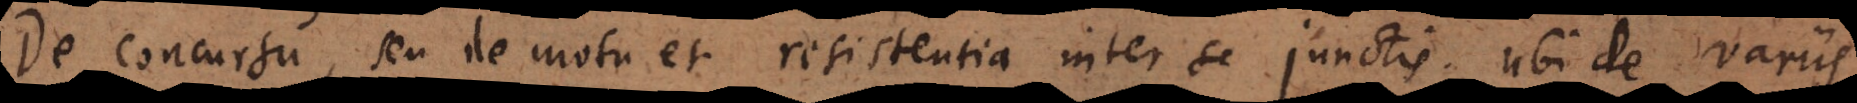
De concursu, seu de motu et resistentia inter se junctis. Ubi de variis